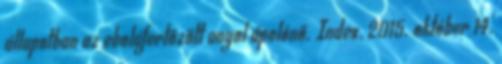
állapotban az ebolafertőzött angol ápolónő. Index, 2015. október 14.